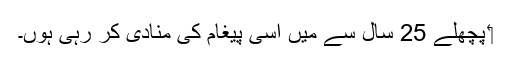
‏ پچھلے 25 سال سے مَیں اِسی پیغام کی مُنادی کر رہی ہوں۔